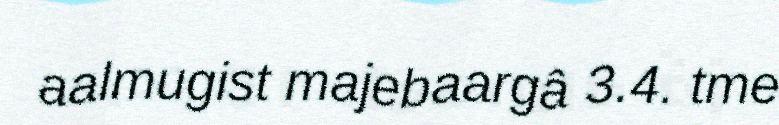
aalmugist majebaargâ 3.4. tme